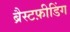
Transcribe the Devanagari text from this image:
ब्रैस्टफ़ीडिंग